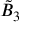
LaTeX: { \tilde { B } } _ { 3 }